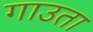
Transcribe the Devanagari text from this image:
गाउता